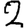
Digit: 2